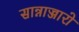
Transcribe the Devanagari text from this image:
सान्नाज्जारो